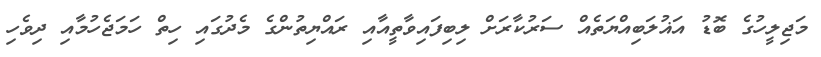
މަޖިލީހުގެ ބޮޑު އަޣުލަބިއްޔަތެއް ސަރުކާރަށް ލިބިފައިވާތީއާއި ރައްޔިތުންގެ މެދުގައި ހިތް ހަމަޖެހުމާއި ދިވެހި